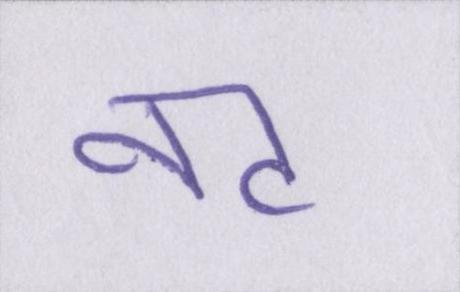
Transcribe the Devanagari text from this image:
नट